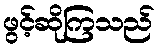
ဖွင့်ဆိုကြသည်